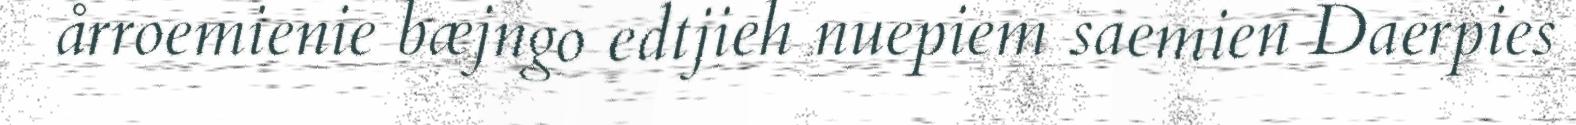
årroemienie bæjngo edtjieh nuepiem saemien Daerpies